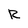
Character: R